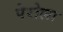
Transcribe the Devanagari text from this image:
पेरोला